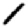
Digit: 1